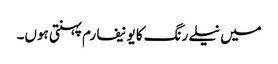
میں نیلے رنگ کا یونیفارم پہنتی ہوں۔